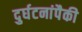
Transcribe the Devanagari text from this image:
दुर्घटनांपैकी